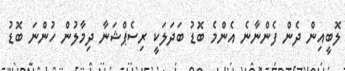
ލޮބީއިން ދެން ފެންނާނެ އެންމެ ބޮޑު ބަދަލަކީ ރިސެޕްޝަނާ ދިމާލުން ހުންނަ ބޮޑު